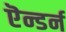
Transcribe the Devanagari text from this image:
ऎन्डर्न